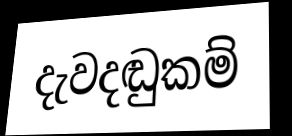
දැවදඬුකම්